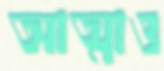
আত্মাও